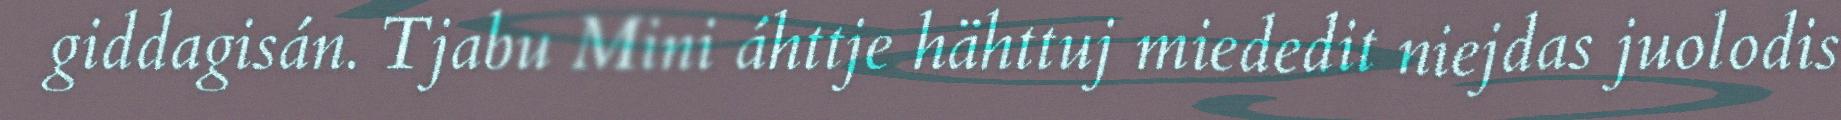
giddagisán. Tjabu Mini áhttje hähttuj miededit niejdas juolodis